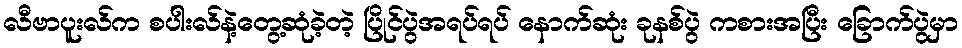
လီဗာပူးလ်က စပါးလ်နဲ့တွေ့ဆုံခဲ့တဲ့ ပြိုင်ပွဲအရပ်ရပ် နောက်ဆုံး ခုနစ်ပွဲ ကစားအပြီး ခြောက်ပွဲမှာ